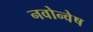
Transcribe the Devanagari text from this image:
नवोन्वेष